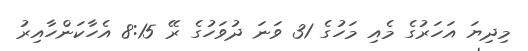
މިދިޔަ އަހަރުގެ މެއި މަހުގެ 31 ވަނަ ދުވަހުގެ ރޭ 8:15 އެހާކަންހާއިރު